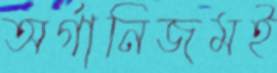
অর্গানিজমই